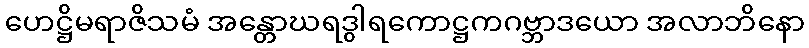
ဟေဋ္ဌိမရာဇိသမံ အန္တောဃရဒွါရကောဋ္ဌကဂဗ္ဘာဒယော အလာဘိနော